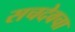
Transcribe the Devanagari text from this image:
सचदेवचा